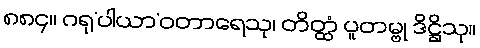
၈၈၄။ ဂရု’ပါယာ’ဝတာရေသု၊ တိတ္ထံ ပူတမ္ဗု ဒိဋ္ဌိသု။